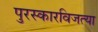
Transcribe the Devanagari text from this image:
पुरस्कारविजत्या